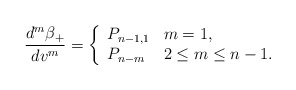
\begin{align*} \frac{d^m\beta_+}{dv^m}=\left\{ \begin{array}{ll} P_{n-1,1} & m=1,\\ P_{n-m} & 2\leq m\leq n-1. \end{array}\right.\end{align*}